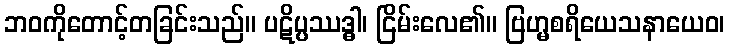
ဘဝကိုတောင့်တခြင်းသည်။ ပဋိပ္ပဿဒ္ဓါ၊ ငြိမ်းလေ၏။ ဗြဟ္မစရိယေသနာယေဝ၊